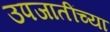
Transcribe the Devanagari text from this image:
उपजातींच्या